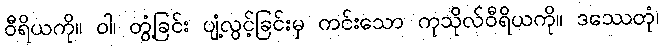
ဝီရိယကို။ ဝါ၊ တွံ့ခြင်း ပျံ့လွင့်ခြင်းမှ ကင်းသော ကုသိုလ်ဝီရိယကို။ ဒဿေတုံ၊